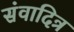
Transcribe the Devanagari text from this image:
संवादित्र